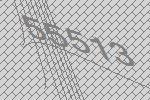
55513